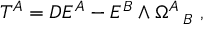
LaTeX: T ^ { A } = D E ^ { A } - E ^ { B } \wedge \Omega _ { ~ ~ B } ^ { A } ~ ,